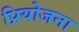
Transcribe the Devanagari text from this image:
प्रियोजना